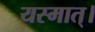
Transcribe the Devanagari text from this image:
यस्मात्।